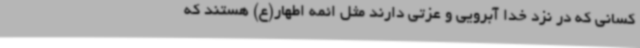
کسانی که در نزد خدا آبرویی و عزتی دارند مثل ائمه اطهار(ع) هستند که